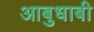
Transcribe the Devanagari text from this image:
आबुधाबी